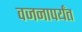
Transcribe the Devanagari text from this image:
वजनापर्यंत